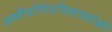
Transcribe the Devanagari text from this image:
अशौचर्निायत्रिशच्छोकी